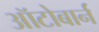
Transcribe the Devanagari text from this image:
ऑटोबार्न